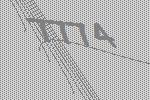
7774